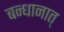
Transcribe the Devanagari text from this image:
बन्धानात्